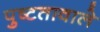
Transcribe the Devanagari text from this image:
पुष्टतावाले